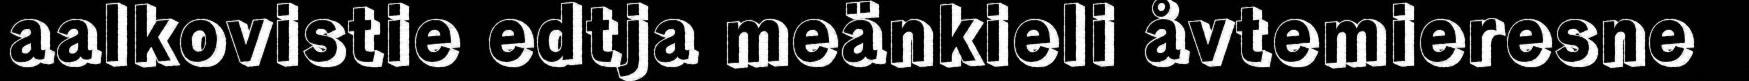
aalkovistie edtja meänkieli åvtemieresne